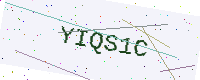
Text: YIQS1C